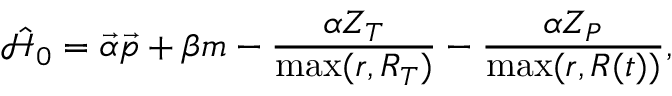
\hat { \mathcal { H } } _ { 0 } = \vec { \alpha } \vec { p } + \beta m - \frac { \alpha Z _ { T } } { \operatorname* { m a x } ( r , R _ { T } ) } - \frac { \alpha Z _ { P } } { \operatorname* { m a x } ( r , R ( t ) ) } ,